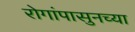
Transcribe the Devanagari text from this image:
रोगांपासुनच्या